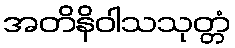
အတိနိဝါသသုတ္တံ